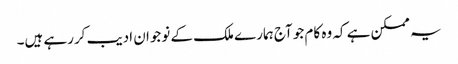
یہ ممکن ہے کہ وہ کام جو آج ہمارے ملک کے نوجوان ادیب کررہے ہیں۔